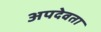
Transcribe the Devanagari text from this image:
अपदेवता